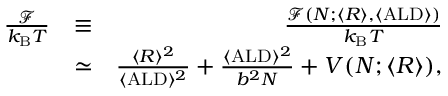
\begin{array} { r l r } { \frac { \mathcal { F } } { k _ { \mathrm { B } } T } } & { \equiv } & { \frac { \mathcal { F } ( N ; \langle R \rangle , \langle \mathrm { A L D } \rangle ) } { k _ { \mathrm { B } } T } } \\ & { \simeq } & { \frac { \langle R \rangle ^ { 2 } } { \langle \mathrm { A L D } \rangle ^ { 2 } } + \frac { \langle \mathrm { A L D } \rangle ^ { 2 } } { b ^ { 2 } N } + V ( N ; \langle R \rangle ) , } \end{array}